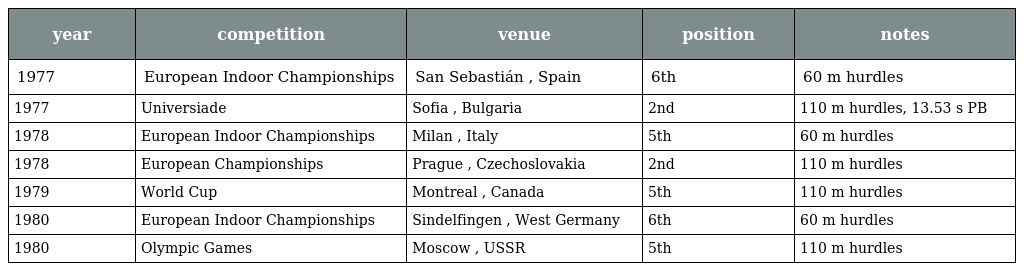
| year | competition | venue | position | notes |
 | --- | --- | --- | --- | --- |
 | 1977 | European Indoor Championships | San Sebastián , Spain | 6th | 60 m hurdles |
 | 1977 | Universiade | Sofia , Bulgaria | 2nd | 110 m hurdles, 13.53 s PB |
 | 1978 | European Indoor Championships | Milan , Italy | 5th | 60 m hurdles |
 | 1978 | European Championships | Prague , Czechoslovakia | 2nd | 110 m hurdles |
 | 1979 | World Cup | Montreal , Canada | 5th | 110 m hurdles |
 | 1980 | European Indoor Championships | Sindelfingen , West Germany | 6th | 60 m hurdles |
 | 1980 | Olympic Games | Moscow , USSR | 5th | 110 m hurdles |